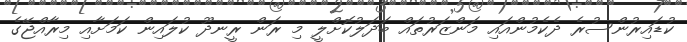
ކުޑައިރުންސުރެ ދެކެމުންއައި މަންޒަރުތައް ބަދަލުކޮށްލީ މި ރަން ރީނދޫ ކުލައިން ކަމަށާއި މިރާއްޖޭގެ